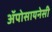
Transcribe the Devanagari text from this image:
अॅपोसायनेसी